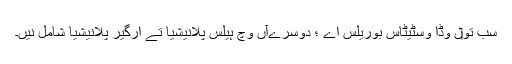
سب تو‏ں وڈا وسٹیٹاس بوریلس اے ؛ دوسرےآں وچ ہیلس پلانیشیا تے ارگیر پلانیشیا شامل نيں۔